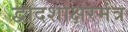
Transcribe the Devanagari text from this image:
द्वादशाक्षरमंत्र